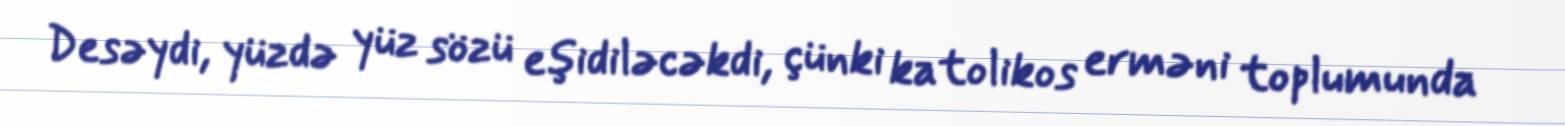
Desəydi, yüzdə yüz sözü eşidiləcəkdi, çünki katolikos erməni toplumunda